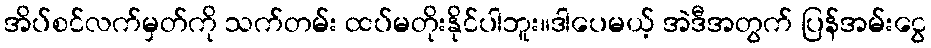
အိပ်စင်လက်မှတ်ကို သက်တမ်း ထပ်မတိုးနိုင်ပါဘူး။ဒါပေမယ့် အဲဒီအတွက် ပြန်အမ်းငွေ